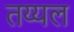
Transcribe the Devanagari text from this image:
तय्यल